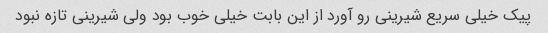
پیک خیلی سریع شیرینی رو آورد از این بابت خیلی خوب بود ولی شیرینی تازه نبود